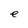
Character: e